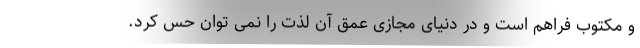
و مکتوب فراهم است و در دنیای مجازی عمق آن لذت را نمی توان حس کرد.